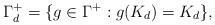
LaTeX: \begin{align*}\Gamma_d^+ = \{g \in \Gamma^+ : g(K_d) = K_d\},\end{align*}